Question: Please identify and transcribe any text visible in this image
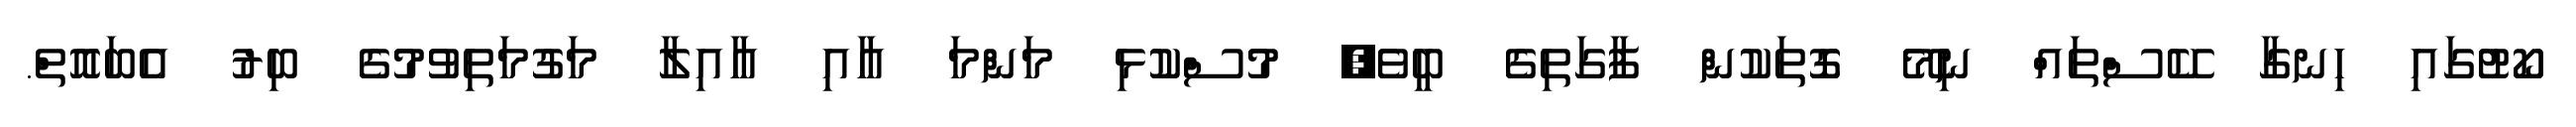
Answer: ކޯޓުގައި ހިނގާ ކޭސްތައް ނިމޭ ގޮތަކުން ފާގަތިގެ ބީވެ, މުސްކުޅި މަންމަ އާއި އާއިލާ މަގުމަތިވުމުގެ ބިރު އެބައޮތް.